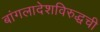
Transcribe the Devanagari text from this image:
बांगलादेशविरुद्धची